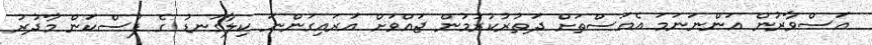
އަސްވާރުން އަންނަނަމަ އެއަސްތަށް ދަތުރުކުރުމުން ޖައްވަށް އަރައިގަންނަ ކިލާގަނޑު ގެ ފުސްކަން މާދުރު